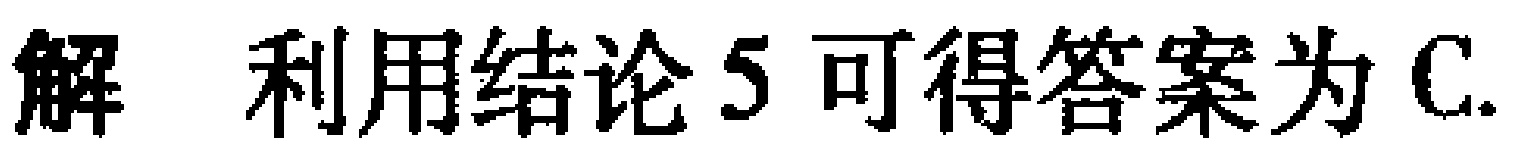
解 利用结论5可得答案为C.